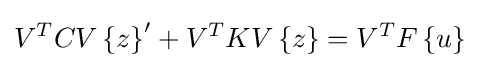
V^{T}CV\left\{z\right\}'+V^{T}KV\left\{z\right\}=V^{T}F\left\{u\right\}